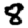
Digit: 8